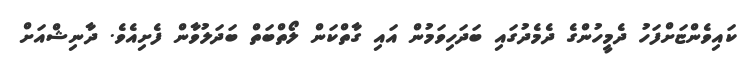
ކައިވެންޏަށްފަހު ދެމީހުންގެ ދެމެދުގައި ބަދަހިވަމުން އައި ގާތްކަން ލޯތްބަތް ބަދަލުވާން ފެށިއެވެ. ދާނިޝްއަށް